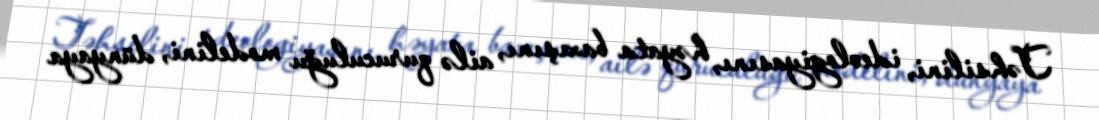
Təhsilini, ideologiyasını, həyata baxışını, ailə quruculuğu modelini, dünyaya